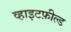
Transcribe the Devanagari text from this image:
व्हाइटफ़ील्ड